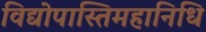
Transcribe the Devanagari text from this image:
विद्योपास्तिमहानिधि